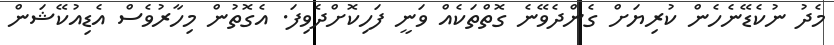
މެދު ނުކެޑޭނެހެން ކުރިޔަށް ގެންދެވޭނެ ގޮތްތަކެއް ވަނީ ފަހިކޮށްދެވިފަ. އެގޮތުން މިހާރުވެސް އެޑިއުކޭޝަން